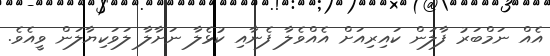
އެއް ނަމްބަރު ފާލަން ކައިރިއަށް އެއްވެލާ ފެނާއި ކުޅެލާ ނަށާލާ ލަވަކިޔާލަން ވީއެވެ.